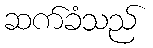
ဆက်ခံသည်